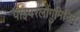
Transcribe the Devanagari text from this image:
पाइपरलौंगुमिनिन